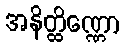
အနိတ္ထိဏ္ဏော